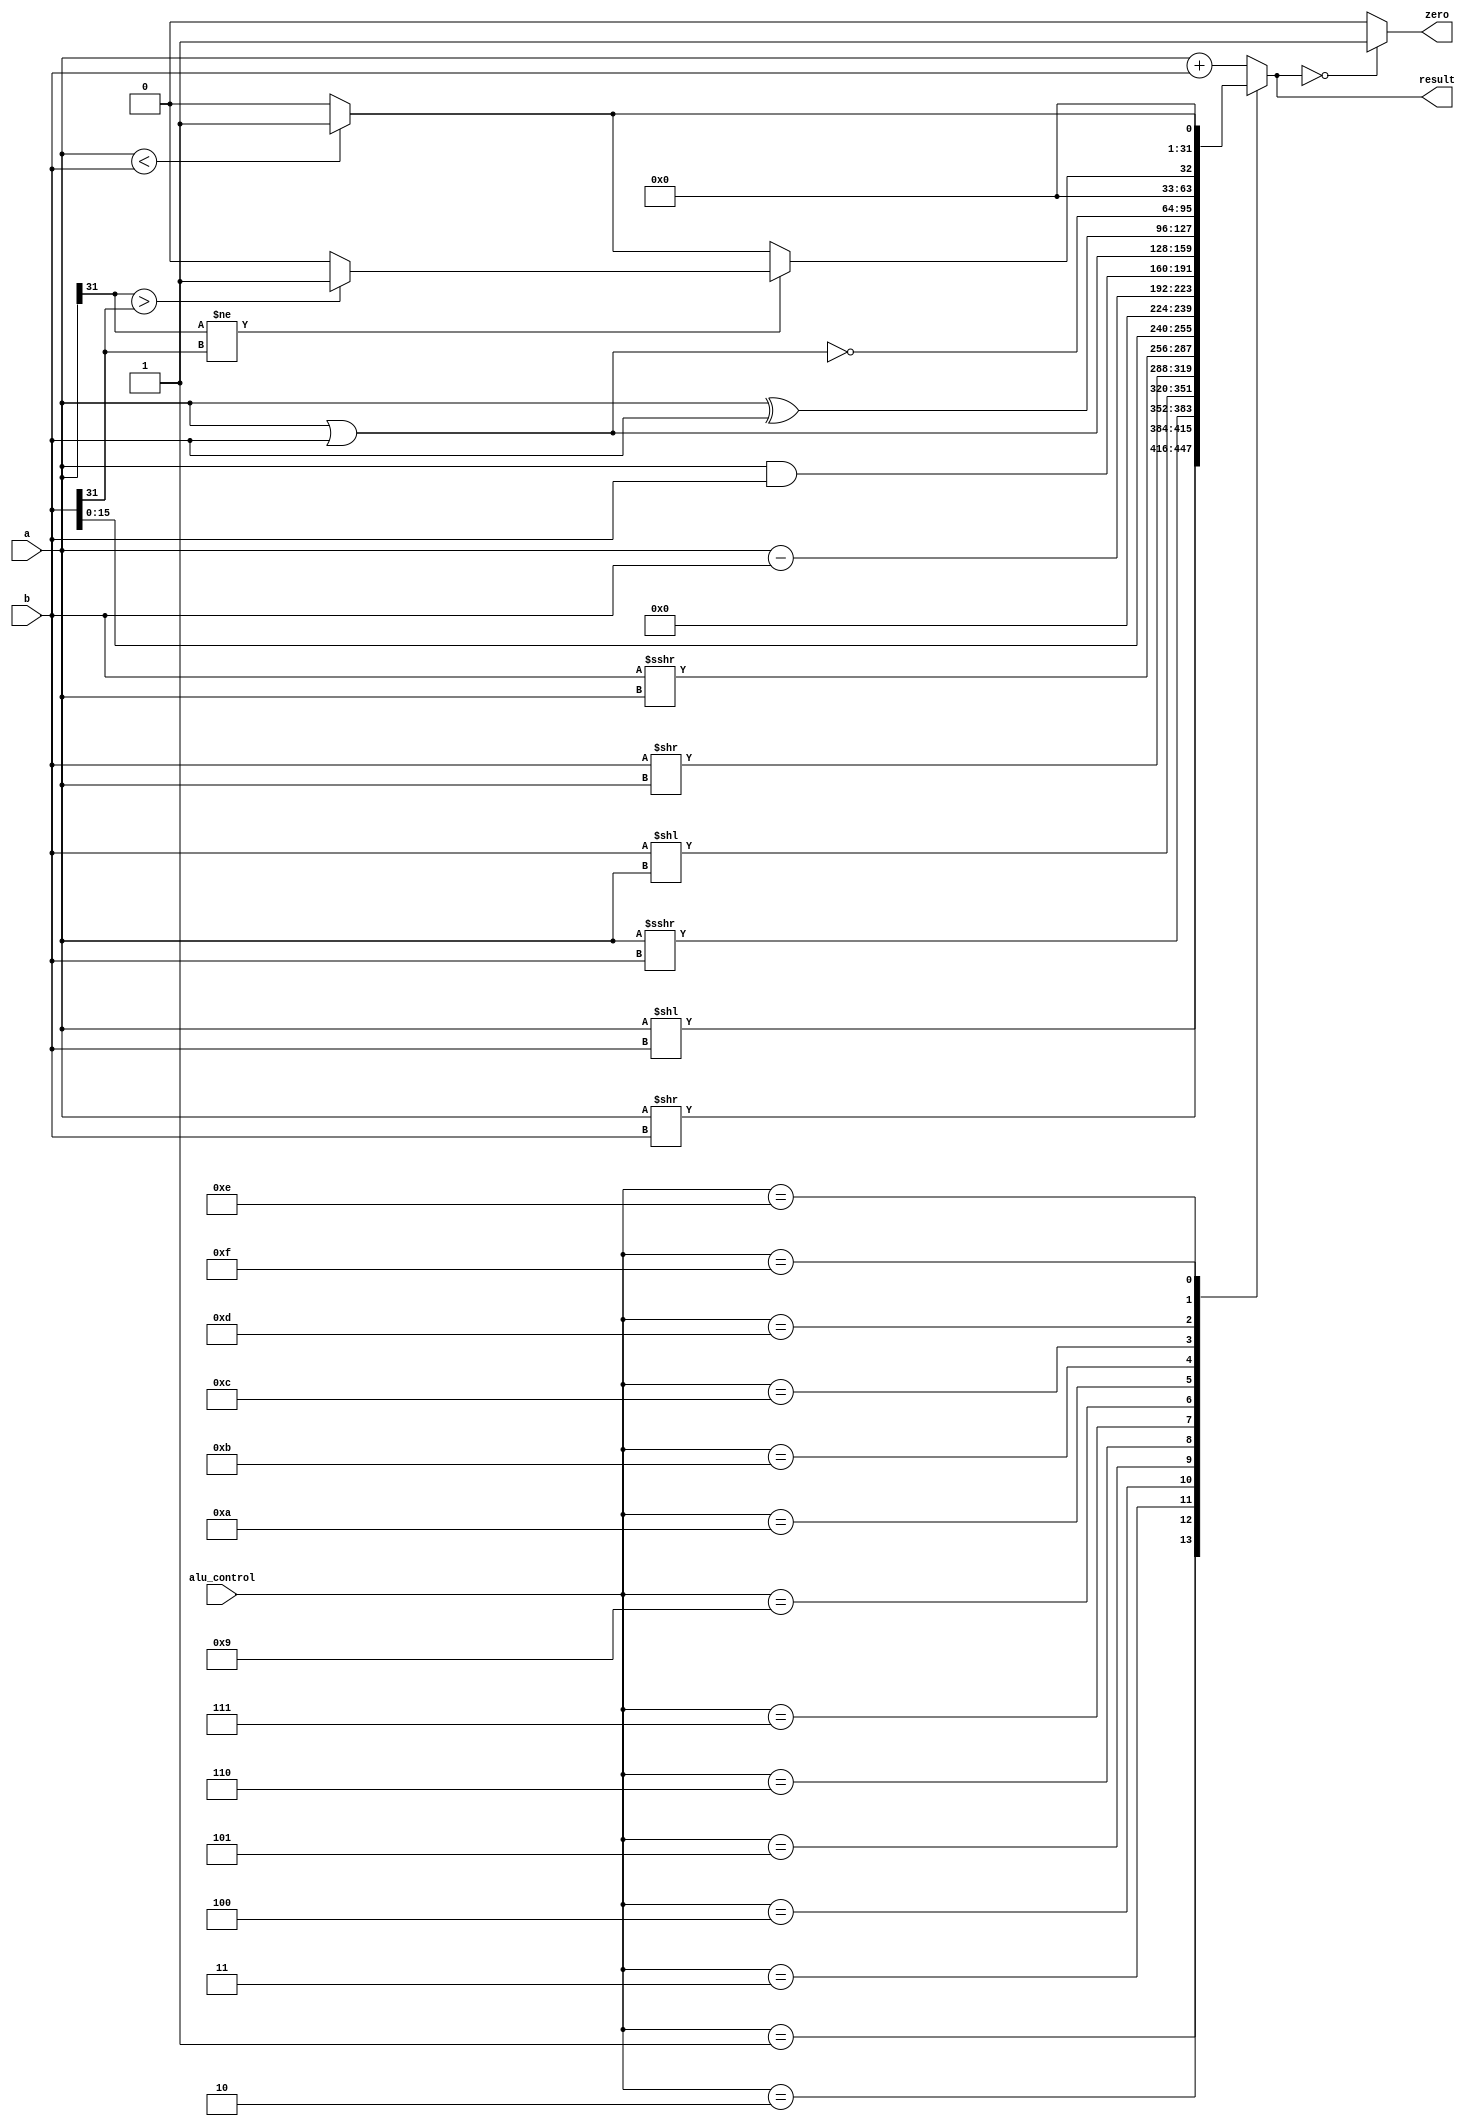
// Verilog code for ALU
module alu(       
      input [31:0] a, //input 1  
      input [31:0] b, //input 2  
      input [3:0] alu_control,  //function sel  
      output reg [31:0] result, //result       
      output zero
   );
 
	
 always @(*)
 begin   
      case(alu_control)
		4'b0001: result = a << b; // sll  r1 #
		4'b0010: result = a >> b; // srl  r2 #
		4'b0011: result = a >>> b; // sra  r3 #
		
		4'b0100: result = b[31:0] << a[31:0]; // sllv  r4 
		4'b0101: result = b[31:0] >> a[31:0]; // srlv  r5 
		4'b0110: result = b[31:0] >>> a[31:0]; // srav  r6 ##
		
		4'b0111: result = b << 16;
      4'b1000: result = a + b; // add  r8
      4'b1001: result = a - b; // sub  r9
      4'b1010: result = a[31:0] & b[31:0]; // and  r10
      4'b1011: result = a[31:0] | b[31:0]; // or   r11
		4'b1100: result = a[31:0] ^ b[31:0]; // xor   r12
		4'b1101: result = ~(a[31:0] | b[31:0]); // nor   r13
		
      4'b1110: begin
				if (a[31] != b[31]) 
					if (a[31] > b[31]) 
						result = 32'd1;
					 else 
						result = 32'd0;
				else 
					if (a < b)
						result = 32'd1;
					else
						result = 32'd0;
					end //slt / sti r14
							
		4'b1111: begin if (a[31:0] < b[31:0]) result = 32'd1;  
                     else result = 32'd0;  
                     end // sltu / sltiu r15

		
      default:result = a + b; // add  
      endcase  
 end
 
 assign zero = (result == 32'd0) ? 1'b1: 1'b0;  
 endmodule